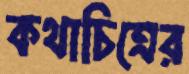
কথাচিত্রের